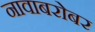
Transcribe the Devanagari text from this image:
नावाबरोबर